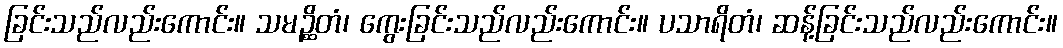
ခြင်းသည်လည်းကောင်း။ သမဉ္ဆိတံ၊ ကွေးခြင်းသည်လည်းကောင်း။ ပသာရိတံ၊ ဆန့်ခြင်းသည်လည်းကောင်း။